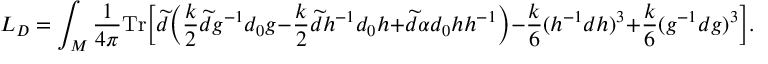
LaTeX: L _ { D } = \int _ { \cal M } { \frac { 1 } { 4 \pi } } \mathrm { T r } \bigg [ \widetilde { d } \bigg ( { \frac { k } { 2 } } \widetilde { d } g ^ { - 1 } d _ { 0 } g - { \frac { k } { 2 } } \widetilde { d } h ^ { - 1 } d _ { 0 } h + \widetilde { d } \alpha d _ { 0 } h h ^ { - 1 } \bigg ) - { \frac { k } { 6 } } ( h ^ { - 1 } d h ) ^ { 3 } + { \frac { k } { 6 } } ( g ^ { - 1 } d g ) ^ { 3 } \bigg ] .